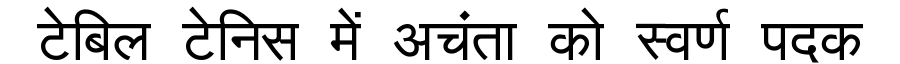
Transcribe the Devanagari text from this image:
टेबिल टेनिस में अचंता को स्वर्ण पदक